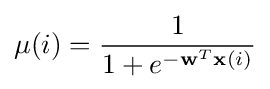
\mu (i)={\frac {1}{1+e^{-\mathbf {w} ^{T}\mathbf {x} (i)}}}